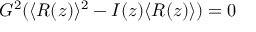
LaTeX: G ^ { 2 } ( \langle R ( z ) \rangle ^ { 2 } - I ( z ) \langle R ( z ) \rangle ) = 0